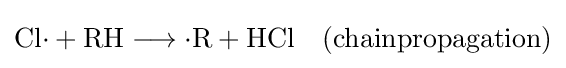
\mathrm {Cl{\cdot }+RH\longrightarrow {\cdot }R+HCl\quad (chainpropagation)}